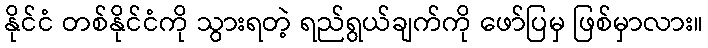
နိုင်ငံ တစ်နိုင်ငံကို သွားရတဲ့ ရည်ရွယ်ချက်ကို ဖော်ပြမှ ဖြစ်မှာလား။